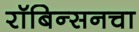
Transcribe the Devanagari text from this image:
रॉबिन्सनचा